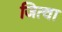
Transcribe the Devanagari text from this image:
जित्वा